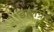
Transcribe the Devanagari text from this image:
डालग्रेन